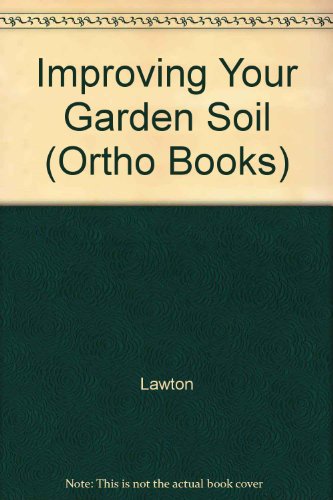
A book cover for Improving Your Garden Soil (Ortho Books); Lawton; Crafts, Hobbies & Home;